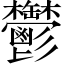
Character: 鬱